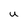
Character: u